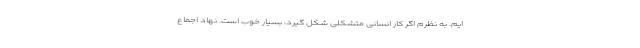
ایم. به نظرم اگر کار انسانی متشکلی شکل گیرد، بسیار خوب است. نهاد اجماع